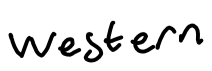
Text: western
Cross-out: clean
Writing tool: digital_black